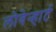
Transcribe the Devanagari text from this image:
लोवेन्हार्ट